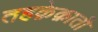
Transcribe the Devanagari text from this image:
तहक़ेक़ाती